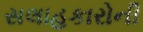
સલાહકારોની